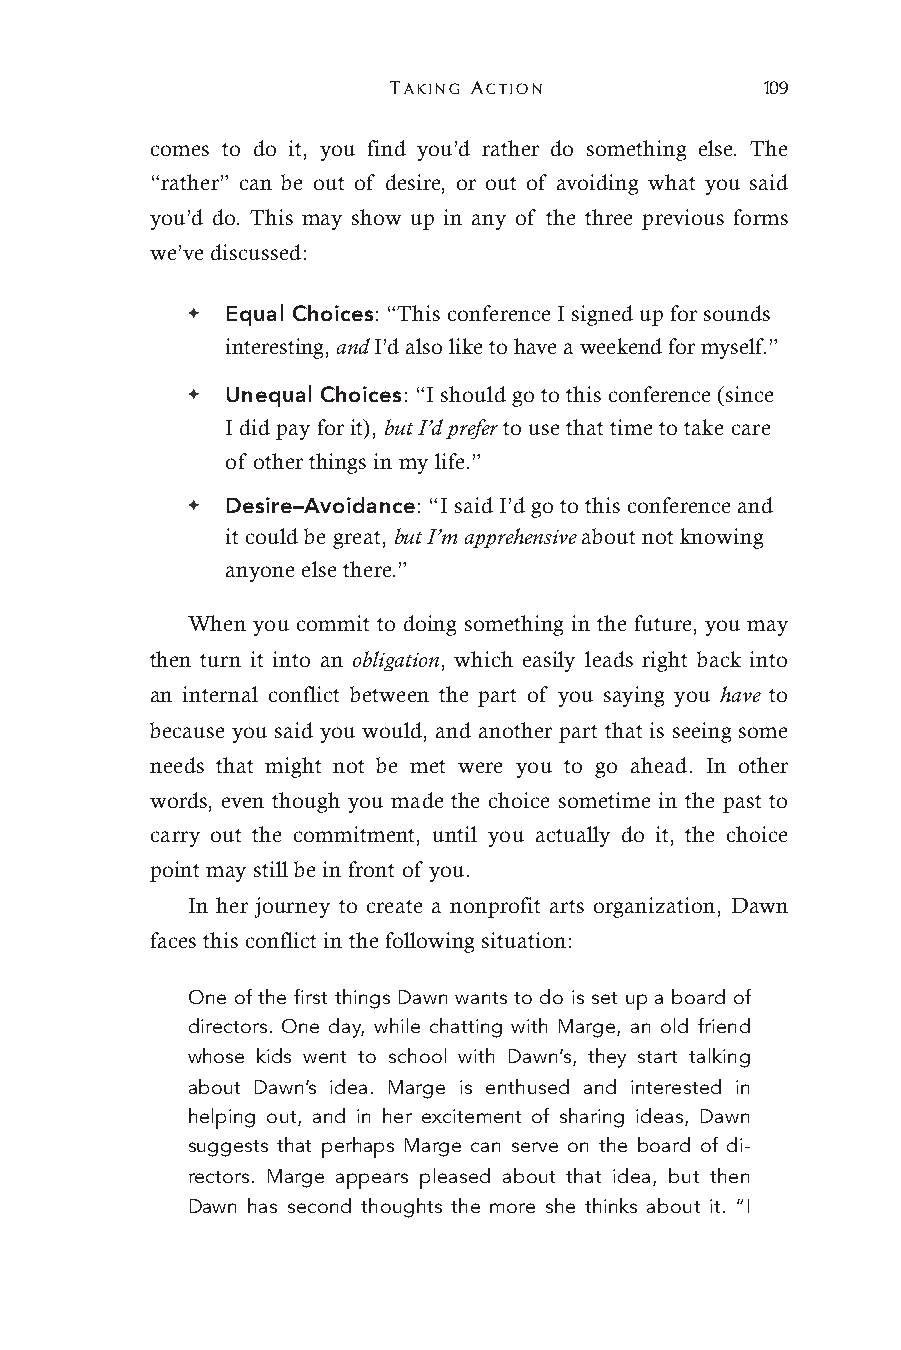
TAKING ACTION            109
 comes to do it, you find you’d rather do something else. The
 “rather” can be out of desire, or out of avoiding what you said
 you’d do. This may show up in any of the three previous forms
 we’ve discussed:
 ✦  Equal Choices: “This conference I signed up for sounds
 interesting, and I’d also like to have a weekend for myself.”
 ✦  Unequal Choices: “I should go to this conference (since
 I did pay for it), but I’d prefer to use that time to take care
 of other things in my life.”
 ✦  Desire–Avoidance: “I said I’d go to this conference and
 it could be great, but I’m apprehensive about not knowing
 anyone else there.”
 When you commit to doing something in the future, you may
 then turn it into an obligation, which easily leads right back into
 an internal conflict between the part of you saying you have to
 because you said you would, and another part that is seeing some
 needs that might not be met were you to go ahead. In other
 words, even though you made the choice sometime in the past to
 carry out the commitment, until you actually do it, the choice
 point may still be in front of you.
 In her journey to create a nonprofit arts organization, Dawn
 faces this conflict in the following situation:
 One of the first things Dawn wants to do is set up a board of
 directors. One day, while chatting with Marge, an old friend
 whose kids went to school with Dawn’s, they start talking
 about Dawn’s idea. Marge is enthused and interested in
 helping out, and in her excitement of sharing ideas, Dawn
 suggests that perhaps Marge can serve on the board of di-
 rectors. Marge appears pleased about that idea, but then
 Dawn has second thoughts the more she thinks about it. “I